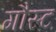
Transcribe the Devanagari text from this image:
गौस्ट